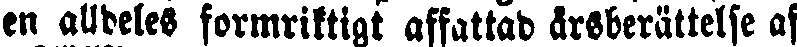
en alldeles formriktigt affattad årsberättelse af